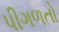
પીગળતો